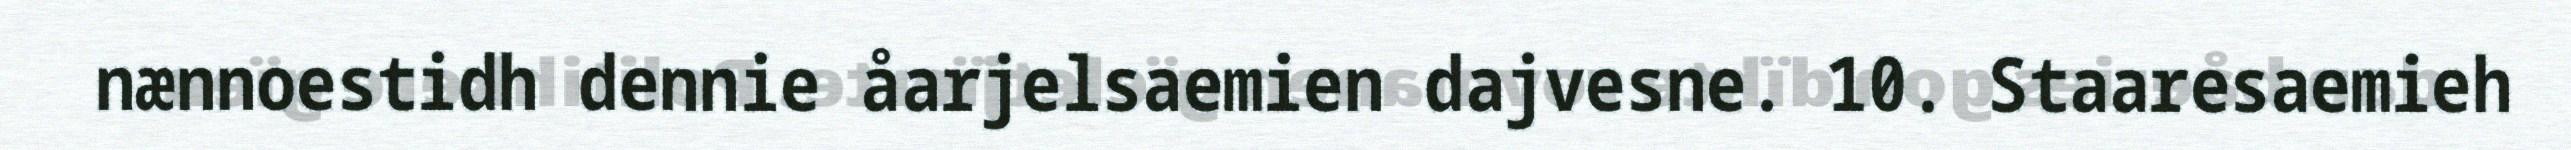
nænnoestidh dennie åarjelsaemien dajvesne. 10. Staaresaemieh